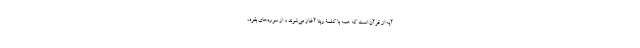
آیه از قرآن است که همه با کلمۀ ربّنا آغاز می‌شوند و از سوره‌های بقره،